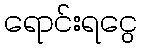
ရောင်းရငွေ